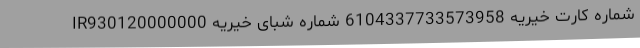
شماره کارت خیریه 6104337733573958 شماره شبای خیریه IR930120000000